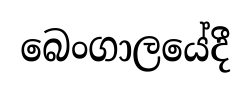
බෙංගාලයේදී